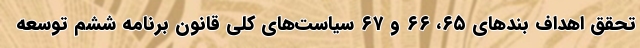
تحقق اهداف بندهای ۶۵، ۶۶ و ۶۷ سیاست‌های کلی قانون برنامه ششم توسعه